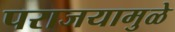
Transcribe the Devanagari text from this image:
पराजयामुळे